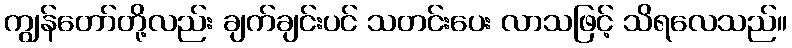
ကျွန်တော်တို့လည်း ချက်ချင်းပင် သတင်းပေး လာသဖြင့် သိရလေသည်။